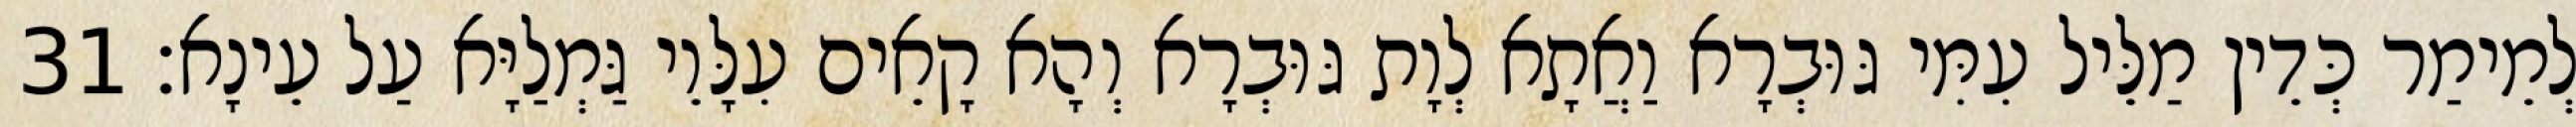
לְמֵימַר כְּדֵין מַלֵּיל עִמִּי גּוּבְרָא וַאֲתָא לְוָת גּוּבְרָא וְהָא קָאֵים עִלָּוֵי גַּמְלַיָּא עַל עֵינָא׃ 31